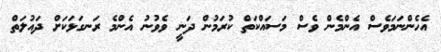
އެހެންނަމަވެސް އެންމެން ވެސް މަސައްކަތް ކުރަމުން ދަނީ ވެވުނު އެންމެ ރަނގަޅަކަށް ދައުލަތް